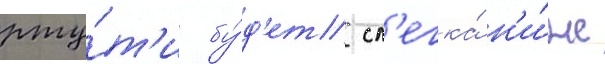
рту́т'и бу́д'ет сл'егка́ н'и́же